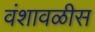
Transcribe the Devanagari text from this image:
वंशावळीस